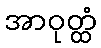
အာဝုတ္ထံ